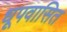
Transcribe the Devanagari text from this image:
धूपवासित